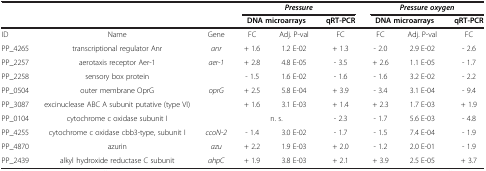
|  |  |  | <COLSPAN=3> Pressure | <COLSPAN=3> Pressure oxygen |
 |  |  |  | <COLSPAN=2> DNA microarrays | qRT-PCR | <COLSPAN=2> DNA microarrays | qRT-PCR |
 | --- | --- | --- | --- | --- | --- | --- | --- | --- |
 | ID | Name | Gene | FC | Adj. P-val | FC | FC | Adj. P-val | FC |
 | PP_4265 | transcriptional regulator Anr | anr | + 1.6 | 1.2 E-02 | + 1.3 | - 2.0 | 2.9 E-02 | - 2.6 |
 | PP_2257 | aerotaxis receptor Aer-1 | aer-1 | + 2.8 | 4.8 E-05 | - 3.5 | + 2.6 | 1.1 E-05 | - 1.7 |
 | PP_2258 | sensory box protein |  | - 1.5 | 1.6 E-02 | - 1.6 | - 1.6 | 3.2 E-02 | - 2.2 |
 | PP_0504 | outer membrane OprG | oprG | + 2.5 | 5.8 E-04 | + 3.9 | - 3.4 | 3.1 E-04 | - 9.4 |
 | PP_3087 | excinuclease ABC A subunit putative (type VI) |  | + 1.6 | 3.1 E-03 | + 1.4 | + 2.3 | 1.7 E-03 | + 1.9 |
 | PP_0104 | cytochrome c oxidase subunit I |  | n. s. |  | - 2.3 | - 1.7 | 5.6 E-03 | - 4.8 |
 | PP_4255 | cytochrome c oxidase cbb3-type, subunit I | ccoN-2 | - 1.4 | 3.0 E-02 | - 1.7 | - 1.5 | 7.4 E-04 | - 1.9 |
 | PP_4870 | azurin | azu | + 2.2 | 1.9 E-03 | + 2.0 | - 1.2 | 2.0 E-01 | - 1.9 |
 | PP_2439 | alkyl hydroxide reductase C subunit | ahpC | + 1.9 | 3.8 E-03 | + 2.1 | + 3.9 | 2.5 E-05 | + 3.7 |